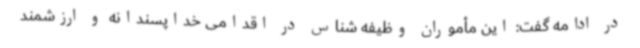
در ادامه گفت: این مأموران وظیفه شناس در اقدامی خداپسندانه و ارزشمند